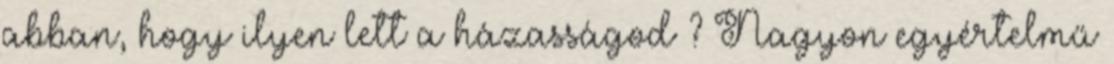
abban, hogy ilyen lett a házasságod ? Nagyon egyértelmű